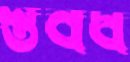
স্তবধ